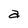
Character: a